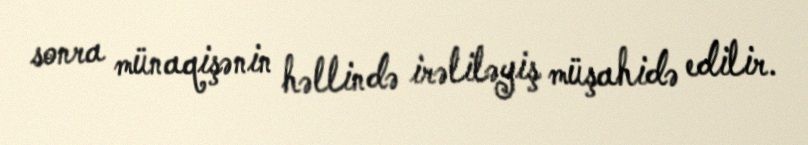
sonra münaqişənin həllində irəliləyiş müşahidə edilir.